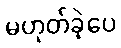
မဟုတ်ခဲ့ပေ